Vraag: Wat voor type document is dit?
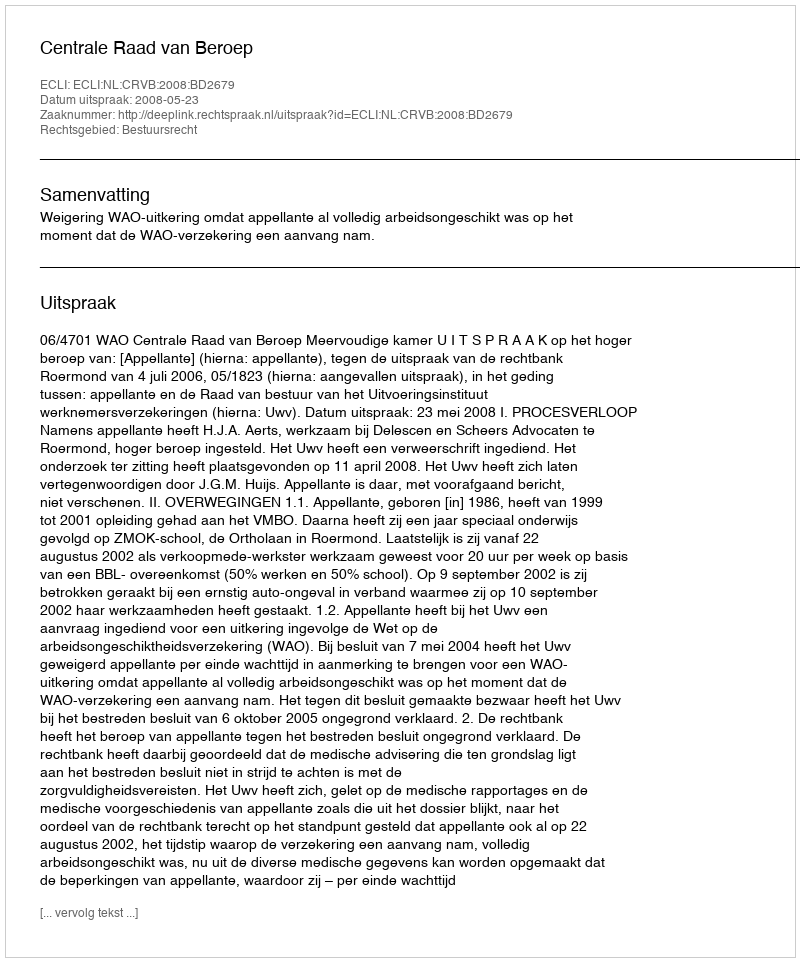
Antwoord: Uitspraak